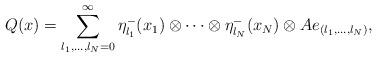
LaTeX: \begin{align*}Q(x)=\sum_{l_1,...,l_N=0}^\infty \eta_{l_1}^-(x_1)\otimes\cdots\otimes\eta_{l_N}^-(x_N)\otimes Ae_{(l_1,...,l_N)},\end{align*}